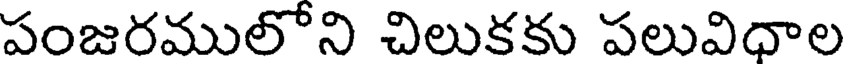
పంజరములోని చిలుకకు పలువిధాల